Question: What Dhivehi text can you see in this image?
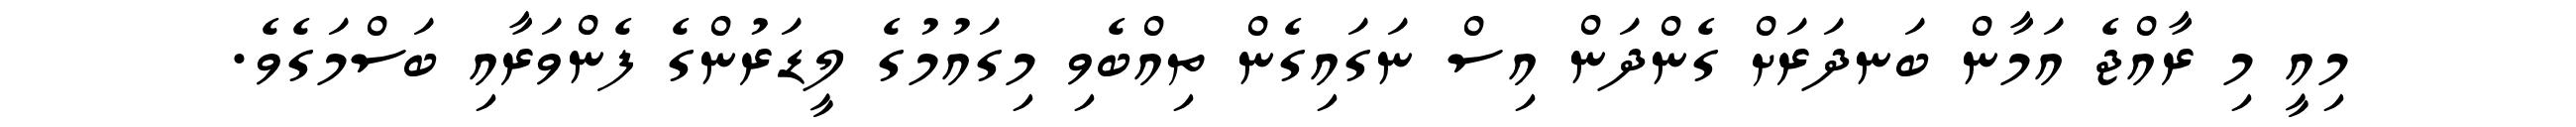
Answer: މިއީ މި ރާއްޖެ އަމާން ބަނދަރަށް ގެންދަން އިސް ނަގައިގެން ތިއްބެވި މިގައުމުގެ ލީޑަރުންގެ ފެންވަރާއި ބަސްމަގެވެ.